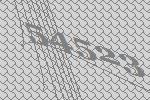
54523